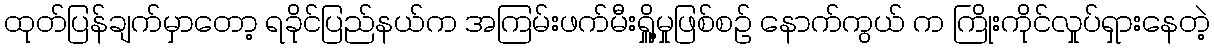
ထုတ်ပြန်ချက်မှာတော့ ရခိုင်ပြည်နယ်က အကြမ်းဖက်မီးရှိူ့မှုဖြစ်စဉ် နောက်ကွယ် က ကြိုးကိုင်လှုပ်ရှားနေတဲ့